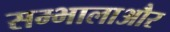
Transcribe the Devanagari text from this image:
सम्भालाऔर